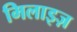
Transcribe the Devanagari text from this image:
मिलाइज़